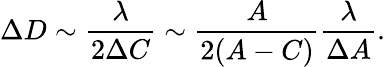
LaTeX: \Delta D\sim\frac{\lambda}{2\Delta C}\sim\frac{A}{2(A-C)}\frac{\lambda}{\Delta A}.